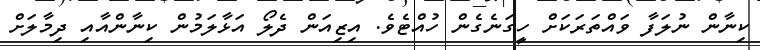
ކިނާން ނުލަފާ ވައްތަރަކަށް ހީގަނެގެން ހުއްޓެވެ. އިޒިއަން ދެލޯ އަޅާލަމުން ކިނާންއާއި ދިމާލަށް